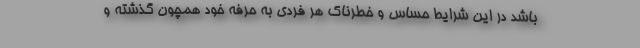
باشد در این شرایط حساس و خطرناک هر فردی به حرفه خود همچون گذشته و